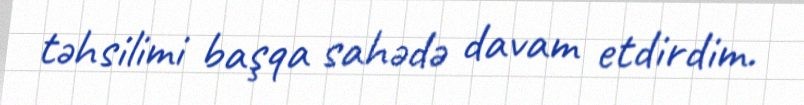
təhsilimi başqa sahədə davam etdirdim.